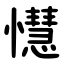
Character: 懳